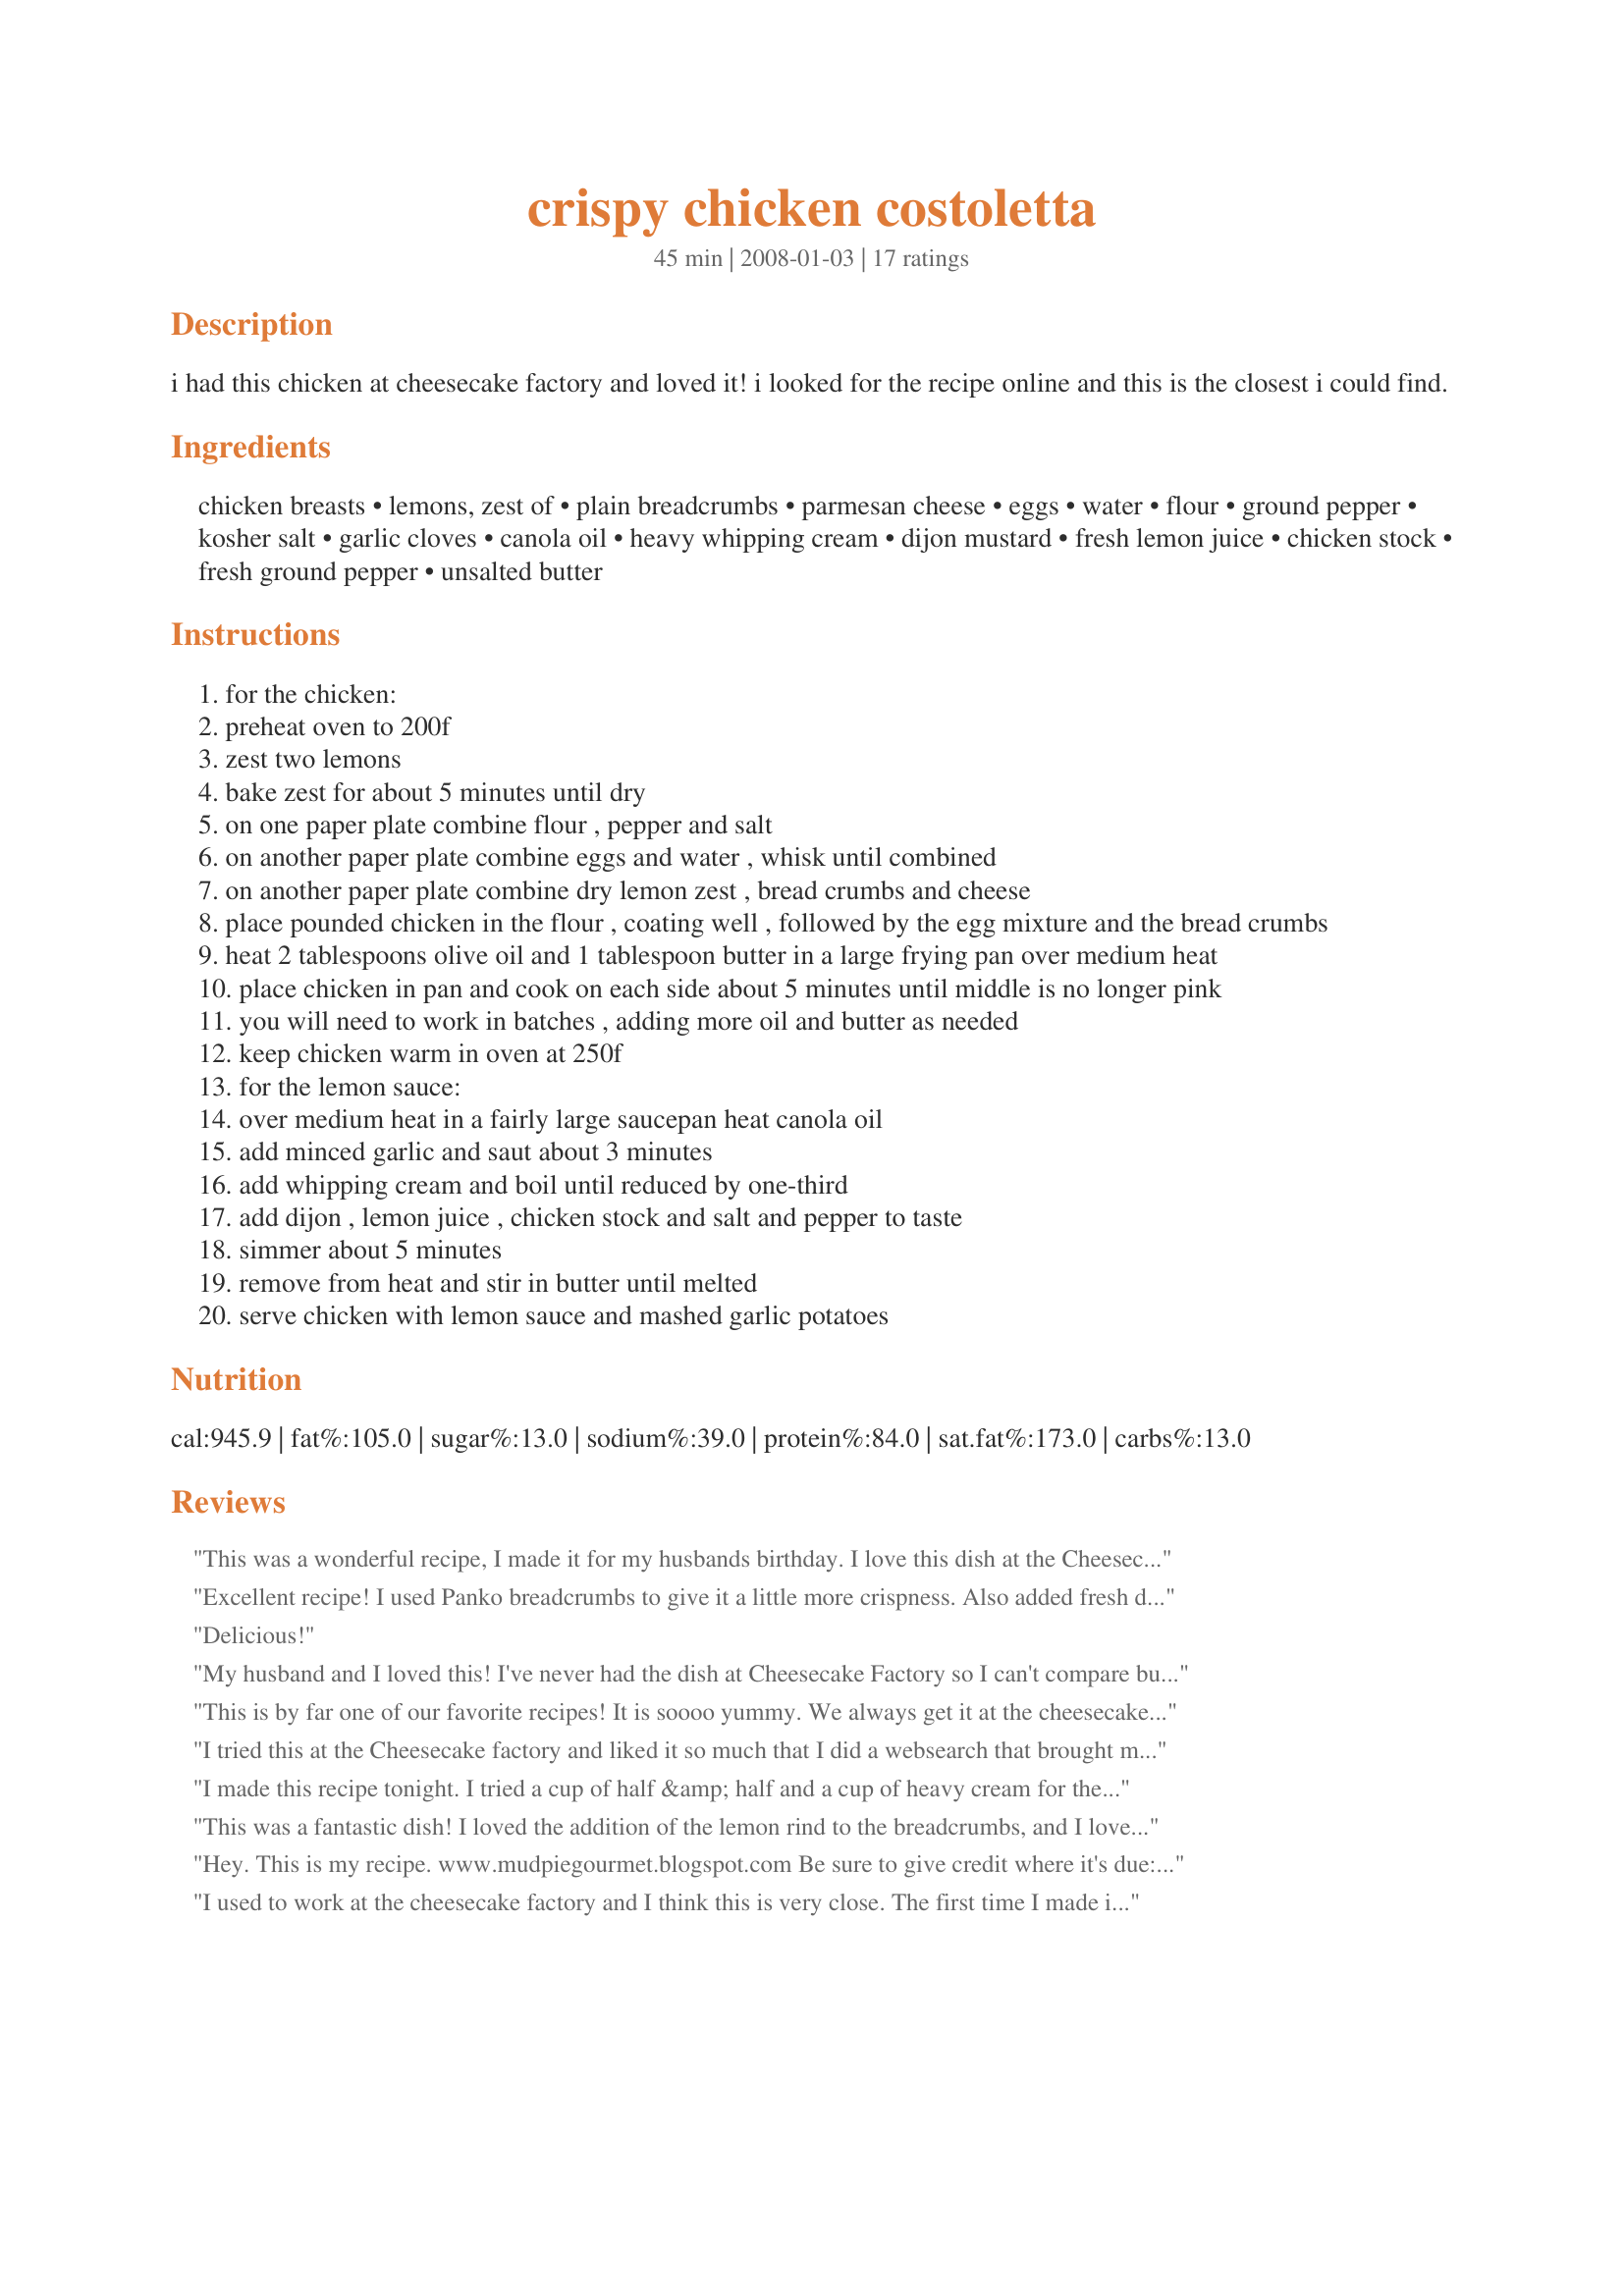
crispy chicken costoletta
Preparation time: 45 minutes

i had this chicken at cheesecake factory and loved it! i looked for the recipe online and this is the closest i could find.

Ingredients:
chicken breasts, lemons, zest of, plain breadcrumbs, parmesan cheese, eggs, water, flour, ground pepper, kosher salt, garlic cloves, canola oil, heavy whipping cream, dijon mustard, fresh lemon juice, chicken stock, fresh ground pepper, unsalted butter

Steps:
for the chicken:
preheat oven to 200f
zest two lemons
bake zest for about 5 minutes until dry
on one paper plate combine flour , pepper and salt
on another paper plate combine eggs and water , whisk until combined
on another paper plate combine dry lemon zest , bread crumbs and cheese
place pounded chicken in the flour , coating well , followed by the egg mixture and the bread crumbs
heat 2 tablespoons olive oil and 1 tablespoon butter in a large frying pan over medium heat
place chicken in pan and cook on each side about 5 minutes until middle is no longer pink
you will need to work in batches , adding more oil and butter as needed
keep chicken warm in oven at 250f
for the lemon sauce:
over medium heat in a fairly large saucepan heat canola oil
add minced garlic and saut about 3 minutes
add whipping cream and boil until reduced by one-third
add dijon , lemon juice , chicken stock and salt and pepper to taste
simmer about 5 minutes
remove from heat and stir in butter until melted
serve chicken with lemon sauce and mashed garlic potatoes

Reviews:
This was a wonderful recipe, I made it for my husbands birthday. I love this dish at the Cheesecake Factory, and was in-fact looking for it awhile ago, but could never find it. So THANK YOU for posting it!

Everyone loved it, except for the little kids. The only thing I would change, would probably be to cut back on the dijon next time and maybe add something else to it so it doesn't taste overly like whipping cream (for me it did).

It was still a great recipe, so thanks again! :)
Excellent recipe! I used Panko breadcrumbs to give it a little more crispness. Also added fresh dill to the sauce along with a little more broth to make it less gravy like. Overall very pleased with this dish, especially considering the ease and little time required to prepare.
Delicious!
My husband and I loved this! I've never had the dish at Cheesecake Factory so I can't compare but this was excellent. Served with broccoli instead of mashed potatoes.
This is by far one of our favorite recipes! It is soooo yummy. We always get it at the cheesecake factory when we go! We decided we like this sauce better because it tastes a hint more lemony, which just adds to the flavor! We decided to cut down on some of the fat in the recipe-- after we coat the chicken we stick it in the oven and bake on 350 for 1 hour. We cover until the last ten minutes then it has a little time to crisp up! <br/>We love to make with garlic mashed potatoes and steamed asparagus! Mmmm. Thanks for a great recipe MeliBug!!!
I tried this at the Cheesecake factory and liked it so much that I did a websearch that brought me to this recipe in Recipezaar.
I have prepared this now a half dozen times and it still Rocks. I didn't care much for boneless chicken breasts until I tried this recipe. Give it a shot, you won't be disappointed.
I made this recipe tonight. I tried a cup of half &amp; half and a cup of heavy cream for the sauce. I don&#039;t think I got the right thickness though. I pounded the chicken breasts after cutting them in half, made them real tender. I used Panko with Italian Seasoning, but I didn&#039;t really taste the lemon zest- maybe the seasoning over powered it. I made some angel hair pasta. Put the chicken over a little pasta and added the sauce on top. It was good. Going to try it again for some friends.
This was a fantastic dish! I loved the addition of the lemon rind to the breadcrumbs, and I loved how easy it was to prepare. Thanks for the awesome recipe Melibug!
Hey. This is my recipe. www.mudpiegourmet.blogspot.com
Be sure to give credit where it's due:). I'll be sure to link to your site if I publish something of yours.
I used to work at the cheesecake factory and I think this is very close. The first time I made it I swapped out one of the cups of heavy cream for evaporated milk and it was fantastic!! The second time I used light cream and evaporated milk and the sauce looked grainy and a little thin. Guess the calories make it! But I really think this is a great recipe.
The chicken is on, except panko is a better crumb to use. I brought home some sauce from the restaurant once and it hardened like a soft butter overnight. So I don&#039;t think this sauce is accurate.....and the sauce also has herbs in it. Fresh Thyme.
Thank you so much for this recipe! I was craving to recreate my Cheesecake Factory experience and this was amazingly close! It was so delicious without any changes, but to be true to the entree I had last week at the restaurant, I would drop back a bit on the dijon and also add chopped parsley to the sauce at the butter addition step. Also, the sauce was double what I used for the chicken dish, so I used the leftover sauce the next night over Orange Roughy fish prepared the same way. My leftover averse family was delighted two nights in a row! Wonderful recipe. Thank you!!!
This is my absolute favorite dish at Cheesecake Factory! I also have to agree this tastes even better than their version! I took the advice I'd read and added parsley into the sauce! MY OH MY!! Have made it three times in the past month for husband and I! :)
Loved it! Better than Cheesecake Factory and better for you with simple adjustments!
The dish is made with Panko bread crumbs, (Japan) style, my brother used to work for the cheesecake factory, I made this dish tonight w/panko It seemed a little bland I think i should have added more chicken stalk,but it was so good. Thank you
I made this recipe for my parents and I'd have to say they were beyond amazed. We all agreed that it tasted better than The Cheesecake Factory version!!! I didnt do anything different to the chicken recipe except used "italian herb" breadcrumbs and fresh grated asiago cheese (instead of Parm.) In the lemon sauce, we used parsely, and a squirt of dijon mustard. I mean JUST a squirt....We served with white white, wild rice, and fresh steamed zucchini squash. Was absolutly to DIE for. VERY easy to make, no complications. I plan on using the left over sauce and breadcrumbs for Talipa tomorrow!
A family fav!!! I make a few changes but sooo yummy!!! =)
